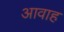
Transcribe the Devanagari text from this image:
आवाह